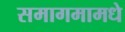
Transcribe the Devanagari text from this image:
समागमामधे